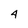
Character: 4